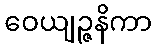
ဝေယျဉ္ဇနိကာ